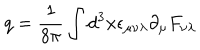
LaTeX: q = \frac { 1 } { 8 \pi } \int d ^ { 3 } x \epsilon _ { \mu \nu \lambda } \partial _ { \mu } F _ { \nu \lambda }